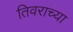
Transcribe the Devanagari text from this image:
तिवराच्या